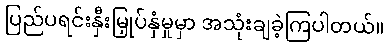
ပြည်ပရင်းနှီးမြှုပ်နှံမှုမှာ အသုံးချခဲ့ကြပါတယ်။